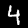
Digit: 4